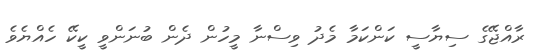
ރާއްޖޭގެ ސިޔާސީ ކަންކަމާ މެދު ވިސްނާ މީހުން ދެން ބުނަންވީ ކީކޭ ހެއްޔެވެ